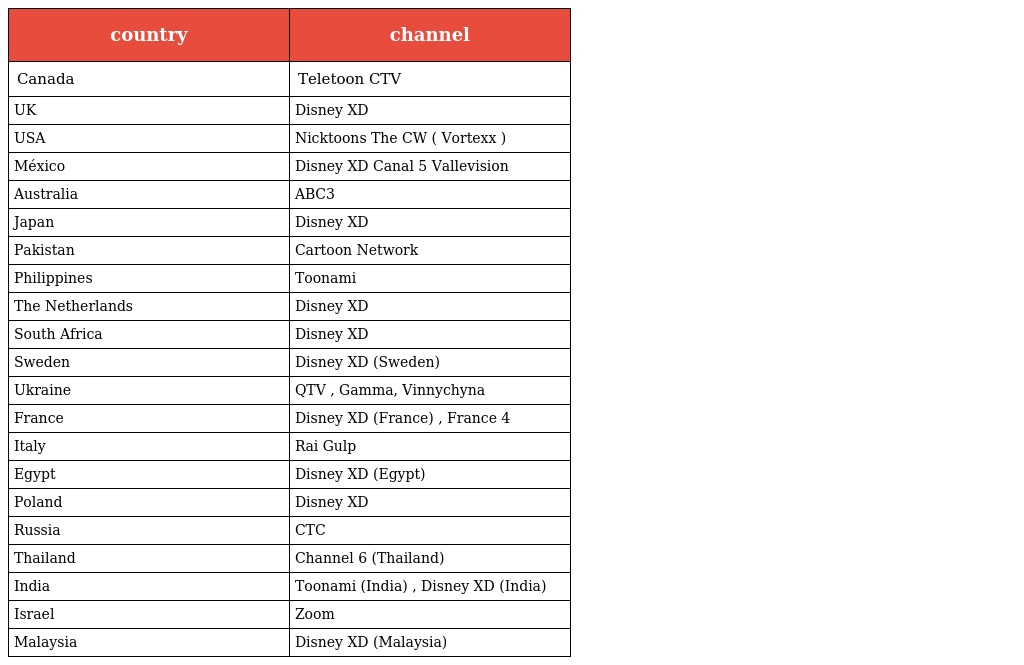
| country | channel |
 | --- | --- |
 | Canada | Teletoon CTV |
 | UK | Disney XD |
 | USA | Nicktoons The CW ( Vortexx ) |
 | México | Disney XD Canal 5 Vallevision |
 | Australia | ABC3 |
 | Japan | Disney XD |
 | Pakistan | Cartoon Network |
 | Philippines | Toonami |
 | The Netherlands | Disney XD |
 | South Africa | Disney XD |
 | Sweden | Disney XD (Sweden) |
 | Ukraine | QTV , Gamma, Vinnychyna |
 | France | Disney XD (France) , France 4 |
 | Italy | Rai Gulp |
 | Egypt | Disney XD (Egypt) |
 | Poland | Disney XD |
 | Russia | СТС |
 | Thailand | Channel 6 (Thailand) |
 | India | Toonami (India) , Disney XD (India) |
 | Israel | Zoom |
 | Malaysia | Disney XD (Malaysia) |